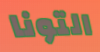
التونا